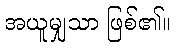
အယူမျှသာ ဖြစ်၏။